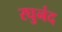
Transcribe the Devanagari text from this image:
रघुनंद